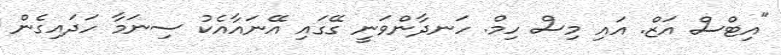
"އިޓްސް އަޒް. އައި މިސް ހިމް. ހަނދާންވަނީ ގޭގައި އޭނައާއެކު ސިނަމާ ހަދައިގެން